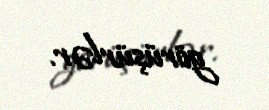
görüşürlər.